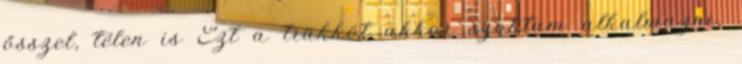
ősszel, télen is Ezt a trükköt akkor szoktam alkalmazni,